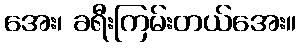
အေး၊ ခရီးကြမ်းတယ်အေး။